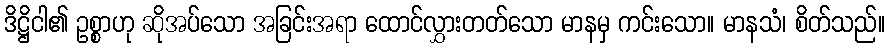
ဒိဋ္ဌိငါ၏ ဥစ္စာဟု ဆိုအပ်သော အခြင်းအရာ ထောင်လွှားတတ်သော မာနမှ ကင်းသော။ မာနသံ၊ စိတ်သည်။